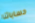
حساباتنا